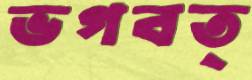
ভগবত্